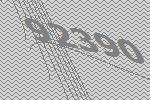
92390